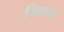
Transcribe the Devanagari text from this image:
जितरा